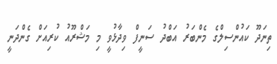
ތިނަދޫ ކައުންސިލްގެ މެންބަރު އަބްދު ސަނީފް ވިދާޅުވީ މި މަޝްރޫއު ކުރިއަށް ގެންދަނީ